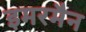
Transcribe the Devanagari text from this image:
इमरमैन